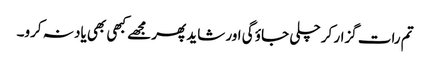
تم رات گزار کر چلی جاؤ گی اور شاید پھر مجھے کبھی بھی یاد نہ کرو۔